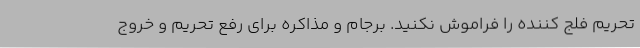
تحریم فلج کننده را فراموش نکنید. برجام و مذاکره برای رفع تحریم و خروج